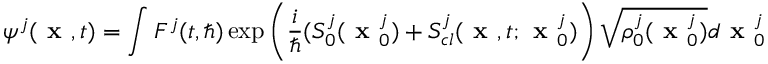
\psi ^ { j } ( \textbf { x } , t ) = \int F ^ { j } ( t , \hbar ) \exp \left( \frac { i } { \hbar } ( S _ { 0 } ^ { j } ( \textbf { x } _ { 0 } ^ { j } ) + S _ { c l } ^ { j } ( \textbf { x } , t ; \textbf { x } _ { 0 } ^ { j } ) \right) \sqrt { \rho _ { 0 } ^ { j } ( \textbf { x } _ { 0 } ^ { j } ) } d \textbf { x } _ { 0 } ^ { j }